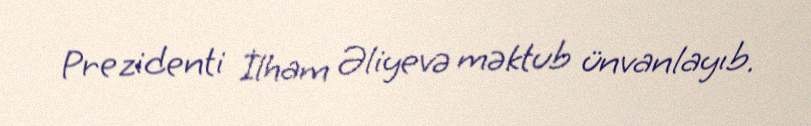
Prezidenti İlham Əliyevə məktub ünvanlayıb.